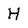
Character: H